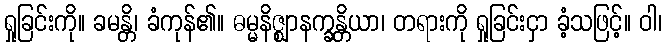
ရှုခြင်းကို။ ခမန္တိ၊ ခံကုန်၏။ ဓမ္မနိဇ္ဈာနက္ခန္တိယာ၊ တရားကို ရှုခြင်းငှာ ခံ့သဖြင့်။ ဝါ၊